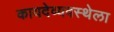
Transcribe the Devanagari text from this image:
कायदेव्यवस्थेला